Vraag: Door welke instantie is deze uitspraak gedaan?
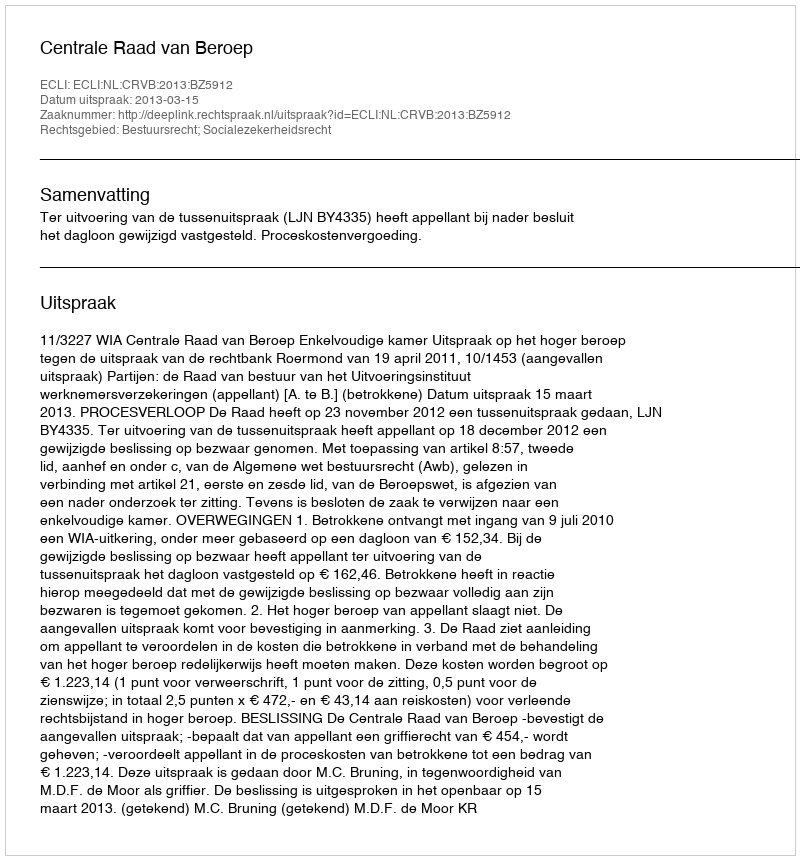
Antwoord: Centrale Raad van Beroep